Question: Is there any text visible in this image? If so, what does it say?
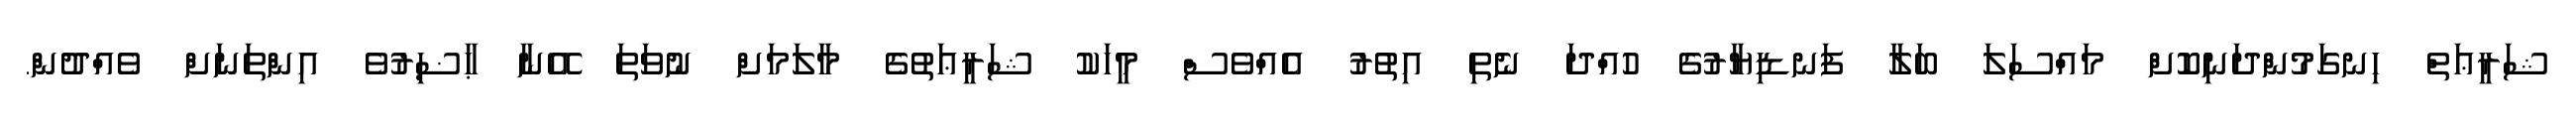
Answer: ޝަރީޢަތް ހިނގަމުންދަނިކޮށް މައްސަލަ ބަލާ ފަނޑިޔާރުގެ ހުއްދަ ނެތި އިތުރު އެއްވެސް މީހަކު ޝަރީޢަތުގެ މާލަމަށް ނުވަތަ އޭނާ ޙާޟިރުވެ އިންތަނަށް ވެއްދުން.